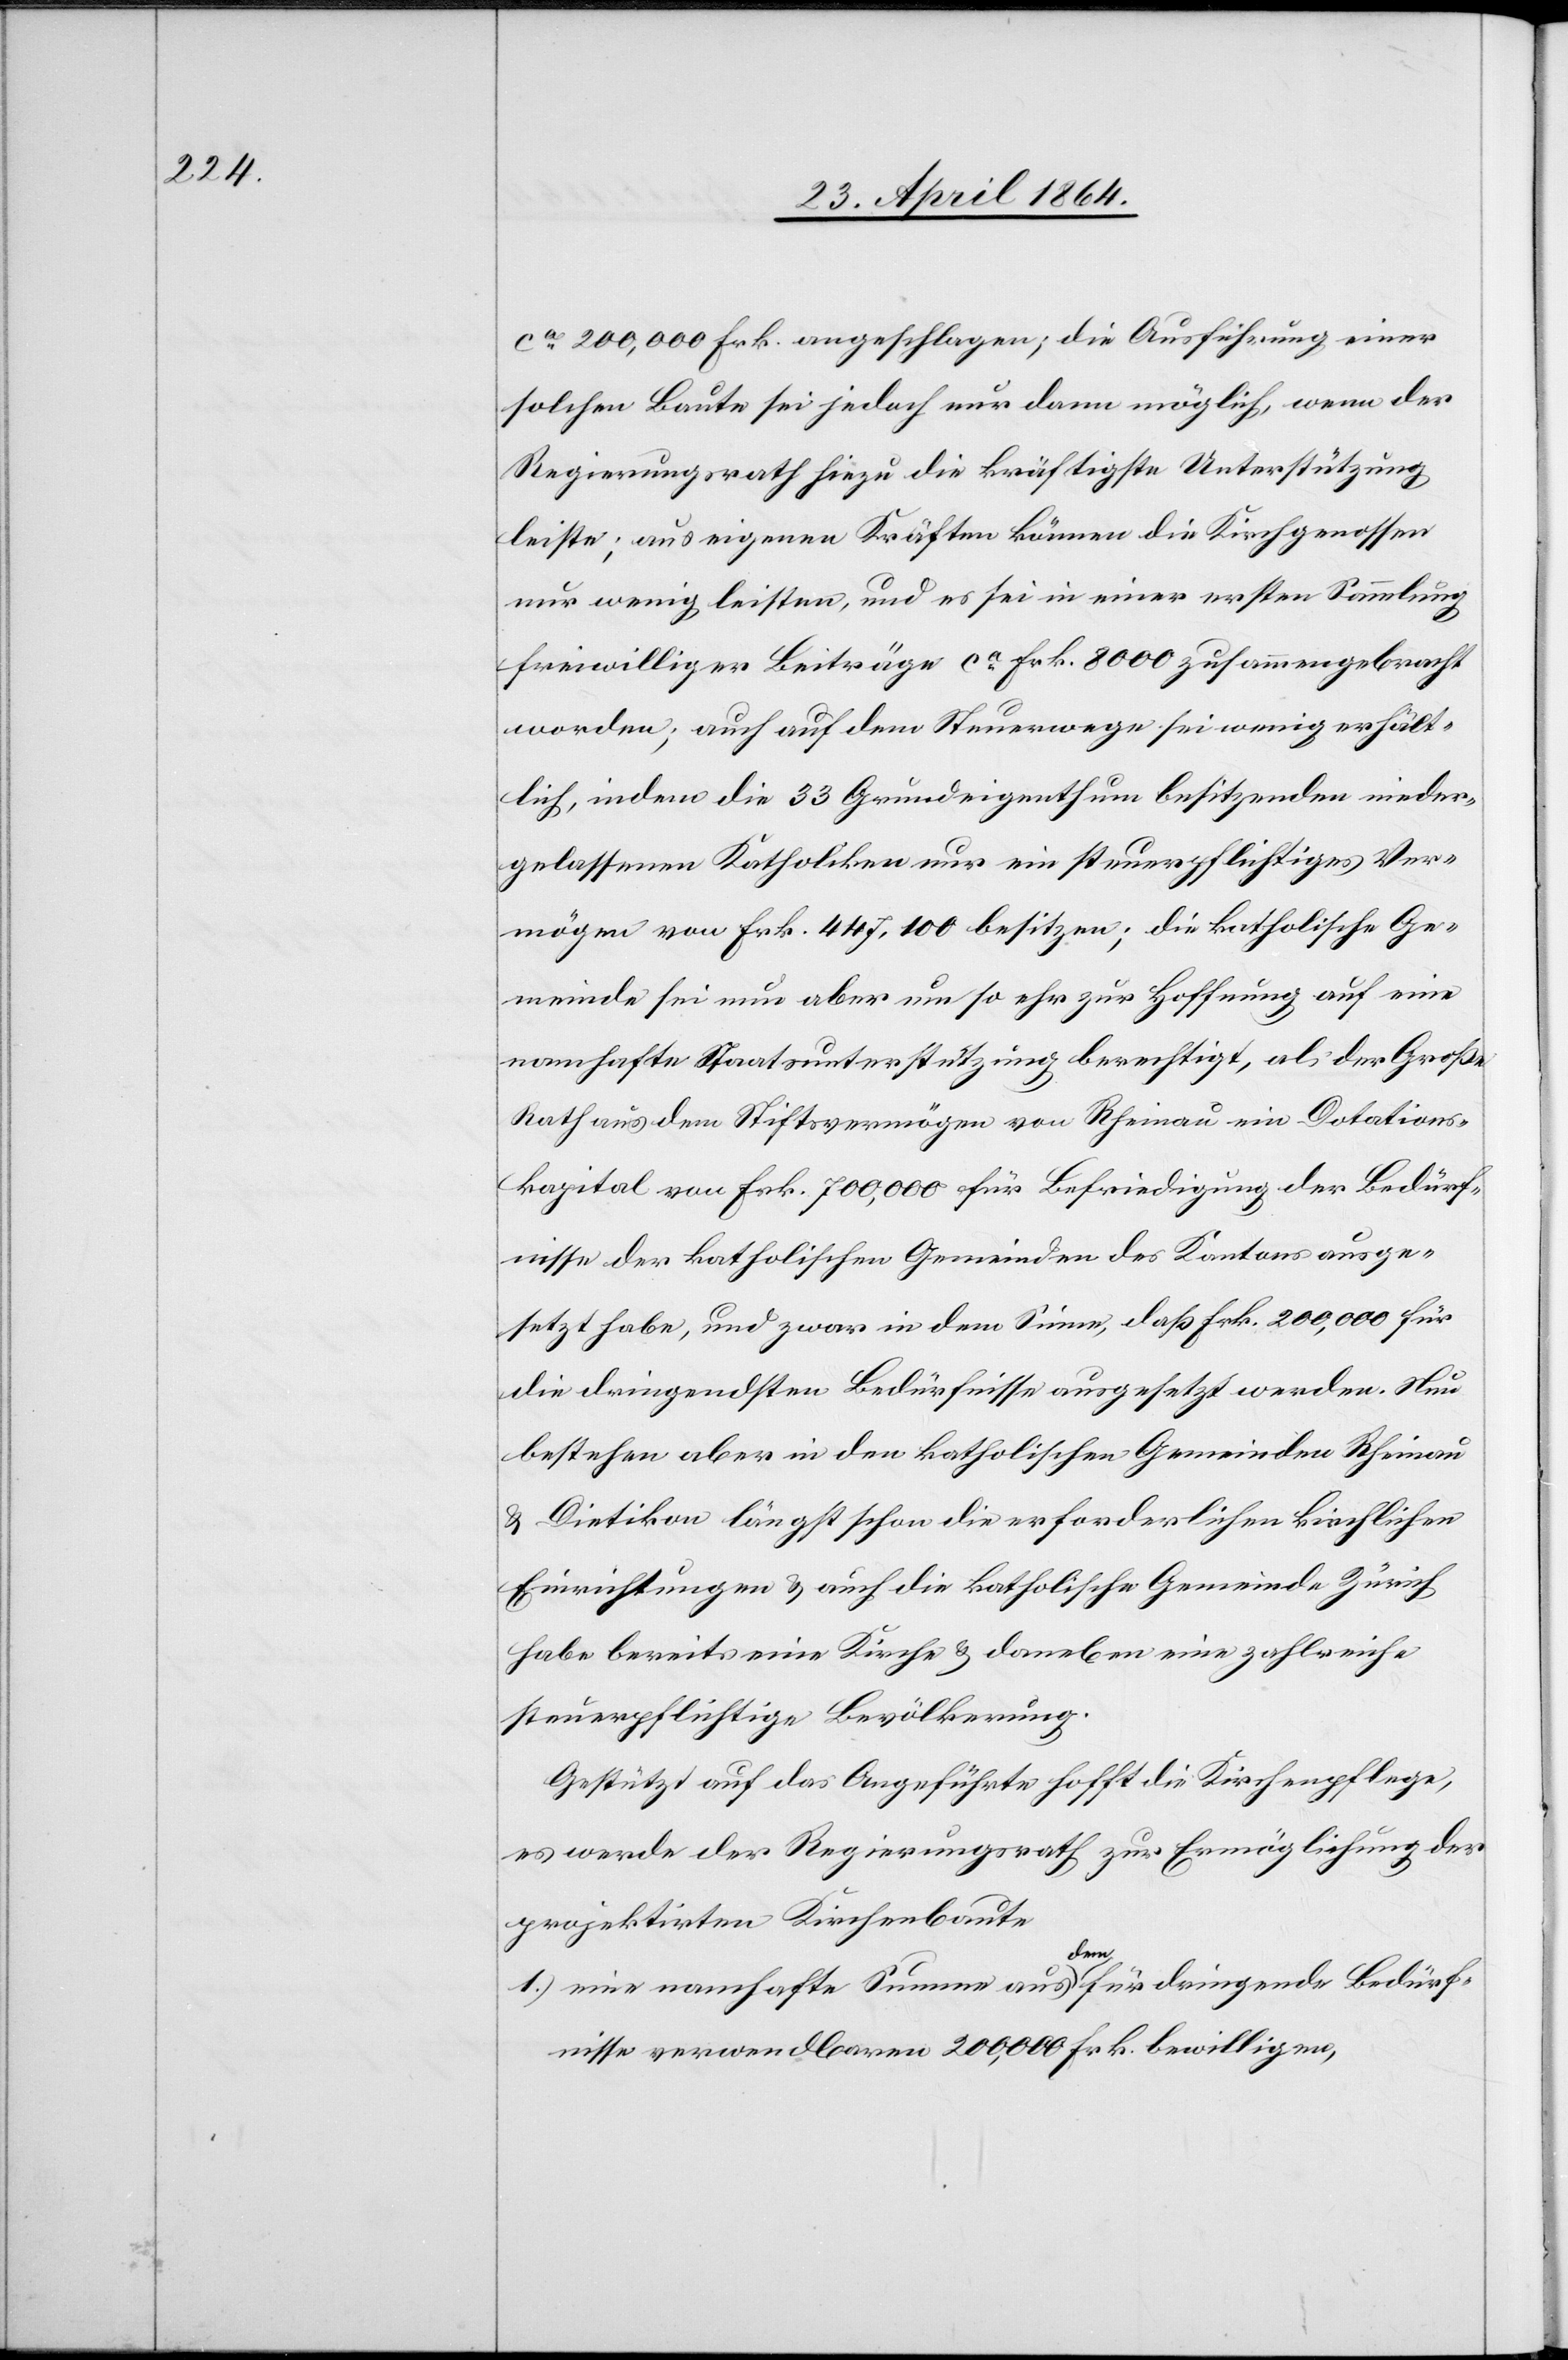
ca 200,000 Frk. angeschlagen; die Ausführung einer
solchen Baute sei jedoch nur dann möglich, wenn der
Regierungsrath hiezu die kräftigste Unterstützung
leiste; aus eigenen Kräften können die Kirchgenossen
nur wenig leisten, und es sei in einer ersten Sammlung
freiwilliger Beiträge ca Frk. 8000 zusammengebracht
worden; auch auf dem Steuerwege sei wenig erhält¬
lich, indem die 33 Grundeigenthum besitzenden nieder¬
gelassenen Katholiken nur ein steuerpflichtiges Ver¬
mögen von Frk. 447,100 besitzen; die katholische Ge¬
meinde sei nun aber um so ehr zur Hoffnung auf eine
namhafte Staatsunterstützung berechtigt, als der Große
Rath aus dem Stiftsvermögen von Rheinau ein Dotations¬
kapital von Frk. 700,000 für Befriedigung der Bedürf¬
nisse der katholischen Gemeinden des Kantons ausge¬
setzt habe, und zwar in dem Sinne, daß Frk. 200,000 für
die dringendsten Bedürfnisse ausgesetzt werden. Neu
bestehen aber in den katholischen Gemeinden Rheinau
u. Dietikon längst schon die erforderlichen kirchlichen
Einrichtungen u. auch die katholische Gemeinde Zürich
habe bereits eine Kirche u. daneben eine zahlreiche
steuerpflichtige Bevölkerung.
Gestützt auf das Angefügte hofft die Kirchenpflege,
es werde der Regierungsrath zur Ermöglichung der
projektirten Kirchenbaute
1.) eine namhafte Summe aus den für dringende Bedürf¬
nisse verwendbaren 200,000 Frk. bewilligen,